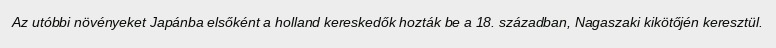
Az utóbbi növényeket Japánba elsőként a holland kereskedők hozták be a 18. században, Nagaszaki kikötőjén keresztül.